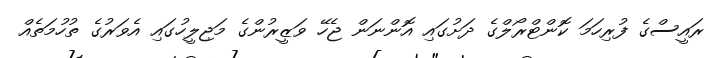
ރައީސްގެ ފުރިހަމަ ކޮންޓްރޯލްގެ ދަށުގައި އޮންނަން ޖެހޭ ވަޒީރުންގެ މަޖިލީހުގައި އެވަރުގެ ތުހުމަތެއް